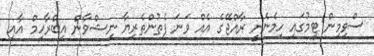
ސްވިމިން ޓީމުގައި ހިމެނެނީ ރާއްޖޭގެ އެއް ވަނަ ފެތުންތެރިޔާ ނިޝްވާން އިބްރާހިމް އާއި